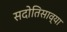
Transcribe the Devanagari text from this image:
सदोतिसाव्या